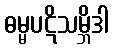
ဓမ္မပဋိသမ္ဘိဒါ